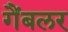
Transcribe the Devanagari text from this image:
गैंबलर